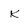
Character: K